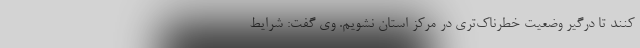
کنند تا درگیر وضعیت خطرناک‌تری در مرکز استان نشویم. وی گفت: شرایط